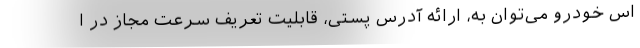
اس خودرو می‌توان به، ارائه آدرس پستی، قابلیت تعریف سرعت مجاز در ا